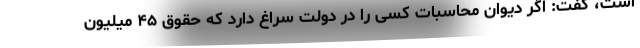
است، گفت: اگر دیوان محاسبات کسی را در دولت سراغ دارد که حقوق ۴۵ میلیون